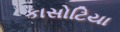
કાસોટિયા